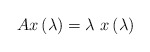
\begin{align*}Ax\left( \lambda\right) =\lambda\ x\left( \lambda\right)\end{align*}